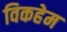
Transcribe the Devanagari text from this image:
विकहेम